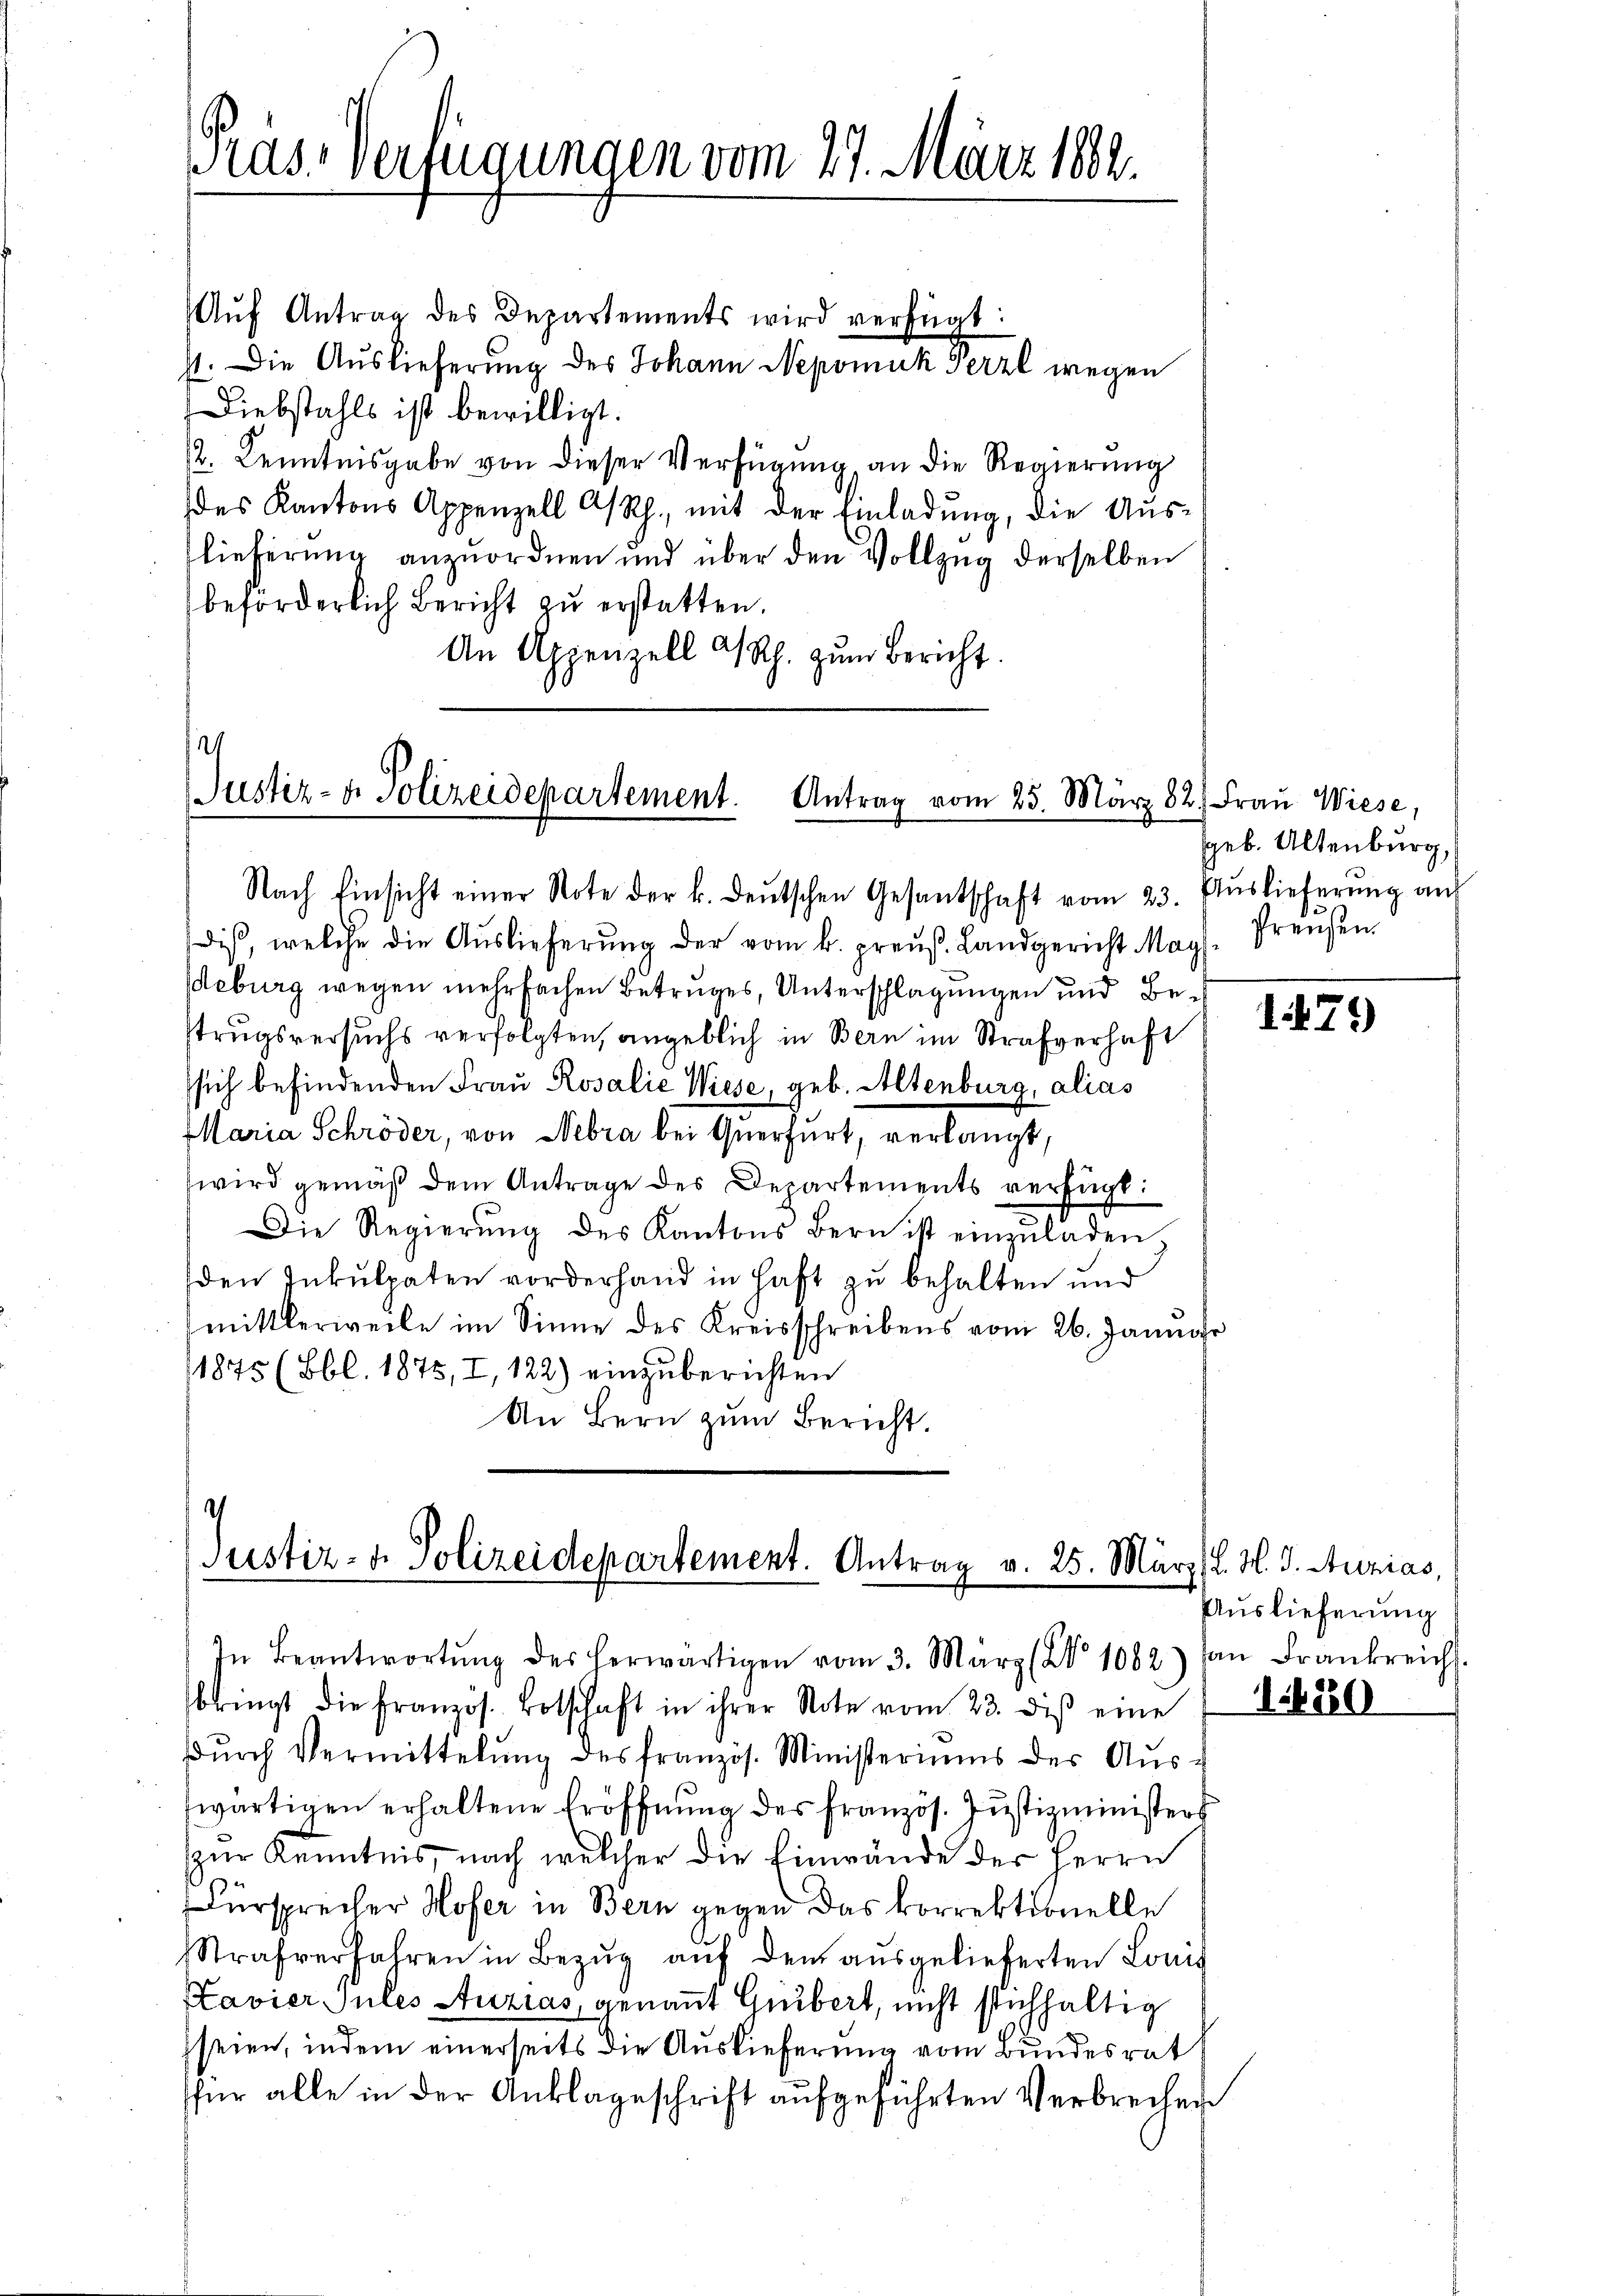
as Verfügungen vom 27. März 1882.

Aŭf Antrag des Departements wird verfügt:
1. Die Auslieferung des Johann Nepomuk Herzl wegen
Diebstahls ist bewilligt.
2. Kenntnisgabe von dieser Verfügung an die Regierung
des Kantons Appenzell A/Rh., mit der Einladung, die Auslieferung anzuordnen und über den Vollzug derselben
beförderlich Bericht zu erstatten.
An Appenzell A/Rh. zum Bericht.

Justiz- & Polizeidepartement.
Antrag vom 25. März 82. Frau Wiese,

dis, welche die Aŭslieferŭng der vom k. preŭβ. Landgericht May. Preusen.
eburg wegen mehrfachen Betruges, Unterschlagungen und Bestrugsversuchs verfolgten, angeblich in Bern im Strafverhaft
sich befindenden Frau Rosalie Wiese, geb. Altenburg, alias
Maria Schröder, von Nebra bei Querfurt, verlangt,
wird gemäß dem Antrage des Departements verfügt:
Die Regierŭng des Kantons Bern ist einzŭladen,
den Inkulpaten vorderhand in haft zu behalten und
mittlerweile im Sinne des Kreisschreibens vom 26. Januar
1875 (Bbl. 1875, I, 122) einzuberichten
An Bern zum Bericht.

Nach Einsicht einer Note der k. deŭtschen Gesandschaft vom 23. Aŭslieferŭng auf

.
Justiz- u. Polizeidepartement. Antrag v. 25. März l. M. d. Auzias,
In Beantwortŭng des herwärtigen vom 3. März (§ 1082) an Frankreichs.

bringt die französ. Botschaft in ihrer Note vom 23. diβ eine
dŭrch Vermittelŭng des französ. Ministeriums des Aŭs-
wärtigen erhaltene Eröffnung des Französ. Justizministers
zur Kenntnis, nach welcher die Einwände der Herrn
Fürsprecher Hofer in Bern gegen das korrektionelle
Strafverfahren in Bezŭg aŭf den ausgelieferten Lonis
Kavier Jules Auzias, genannt Guibert, nicht stichhaltig
seien, indem einerseits die Auslieferung vom Bundesrat
sfür alle in der Anklageschrift aufgeführten Verbrechen

geb. Altenburg,

79)

Auslieferung

1820